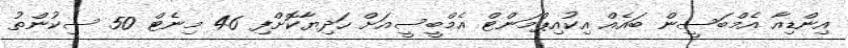
އިންޑިއާ އެމްބަސީން ބައެއް އިކުއިޕްމަންޓް އެމްބީސީއަށް ހަދިޔާކޮށްފި 46 މިނެޓް 50 ސިކުންތު